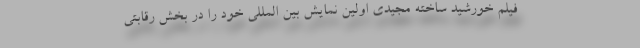
فیلم خورشید ساخته مجیدی اولین نمایش بین المللی خود را در بخش رقابتی